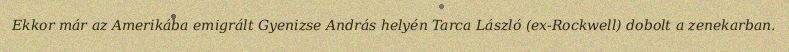
Ekkor már az Amerikába emigrált Gyenizse András helyén Tarca László (ex-Rockwell) dobolt a zenekarban.